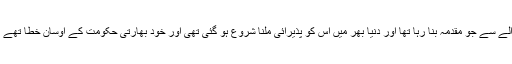
پاکستان گزشتہ کچھ عرصے سے انسانی حقوق کی خلاف ورزیوں کے حوالے سے جو مقدمہ بنا رہا تھا اور دنیا بھر میں اس کو پذیرائی ملنا شروع ہو گئی تھی اور خود بھارتی حکومت کے اوسان خطا تھے اور اس سلسلے میں بیرونی کے ساتھ ساتھ سخت اندرونی دباؤ کا شکار تھا۔